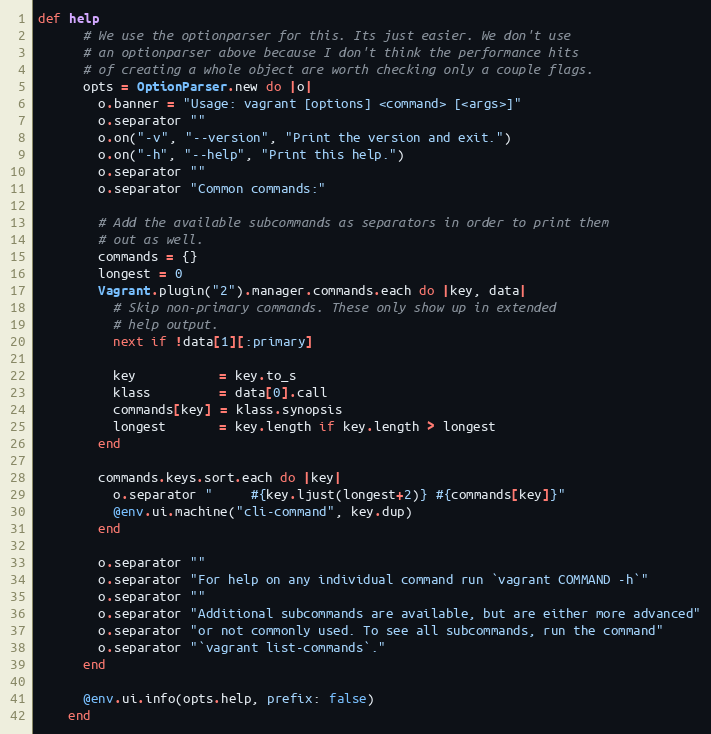
Language: Ruby
def help
      # We use the optionparser for this. Its just easier. We don't use
      # an optionparser above because I don't think the performance hits
      # of creating a whole object are worth checking only a couple flags.
      opts = OptionParser.new do |o|
        o.banner = "Usage: vagrant [options] <command> [<args>]"
        o.separator ""
        o.on("-v", "--version", "Print the version and exit.")
        o.on("-h", "--help", "Print this help.")
        o.separator ""
        o.separator "Common commands:"

        # Add the available subcommands as separators in order to print them
        # out as well.
        commands = {}
        longest = 0
        Vagrant.plugin("2").manager.commands.each do |key, data|
          # Skip non-primary commands. These only show up in extended
          # help output.
          next if !data[1][:primary]

          key           = key.to_s
          klass         = data[0].call
          commands[key] = klass.synopsis
          longest       = key.length if key.length > longest
        end

        commands.keys.sort.each do |key|
          o.separator "     #{key.ljust(longest+2)} #{commands[key]}"
          @env.ui.machine("cli-command", key.dup)
        end

        o.separator ""
        o.separator "For help on any individual command run `vagrant COMMAND -h`"
        o.separator ""
        o.separator "Additional subcommands are available, but are either more advanced"
        o.separator "or not commonly used. To see all subcommands, run the command"
        o.separator "`vagrant list-commands`."
      end

      @env.ui.info(opts.help, prefix: false)
    end